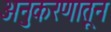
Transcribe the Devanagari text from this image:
अनुकरणातून